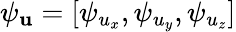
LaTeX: \psi_{{\mathbf u}}=[\psi_{u_{x}},\psi_{u_{y}},\psi_{u_{z}}]